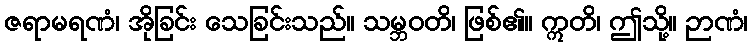
ဇရာမရဏံ၊ အိုခြင်း သေခြင်းသည်။ သမ္ဘဝတိ၊ ဖြစ်၏။ ဣတိ၊ ဤသို့။ ဉာဏံ၊